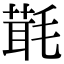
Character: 㲨